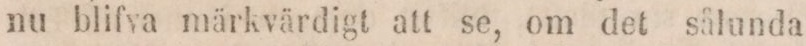
nu blifva märkvärdigt att se, om det sålunda